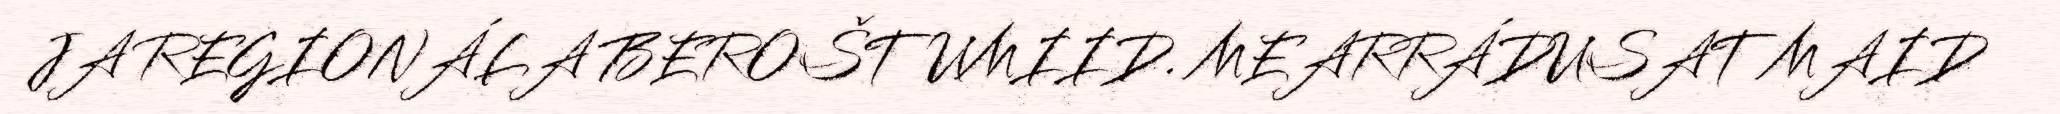
JA REGIONÁLA BEROŠTUMIID. MEARRÁDUSAT MAID